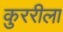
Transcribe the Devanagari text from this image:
कुररीला